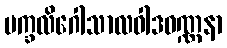
မက္ခလိဂေါသာလဝါဒဝဏ္ဏနာ